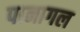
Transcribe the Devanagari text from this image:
पानागल